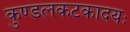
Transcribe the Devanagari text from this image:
कुण्डलकटकादयः